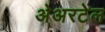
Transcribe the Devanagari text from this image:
अेअरटेल